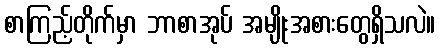
စာကြည့်တိုက်မှာ ဘာစာအုပ် အမျိုးအစားတွေရှိသလဲ။